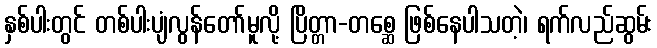
နှစ်ပါးတွင် တစ်ပါးပျံလွန်တော်မူလို့ ပြိတ္တာ-တစ္ဆေ ဖြစ်နေပါသတဲ့၊ ရက်လည်ဆွမ်း